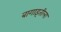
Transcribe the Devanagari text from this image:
बागाइतीला